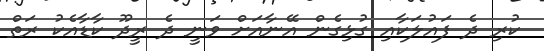
ކުރި ދެ ފައުލަކާއި ގުޅިގެން އޭނާއަށް ވަނީ ދެ ރީދޫ ކާޑާއެކު ރަތް